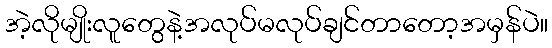
အဲ့လိုမျိုးလူတွေနဲ့အလုပ်မလုပ်ချင်တာတော့အမှန်ပဲ။